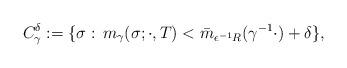
LaTeX: \begin{align*}C^{\delta}_\gamma:=\{\sigma:\,m_{\gamma}(\sigma;\cdot,T)< \bar m_{\epsilon^{-1}R}(\gamma^{-1}\cdot)+\delta\},\end{align*}